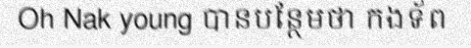
Oh Nak young បានបន្ថែមថា កងទ័ព